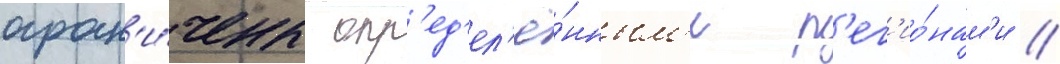
огран'и́чены опр'ед'ел'ё́нным'и р'ег'ио́нам'и //